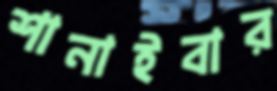
শানাইবার